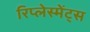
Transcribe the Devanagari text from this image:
रिप्लेस्मेंट्स